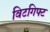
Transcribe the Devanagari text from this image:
विटगिफ्ट